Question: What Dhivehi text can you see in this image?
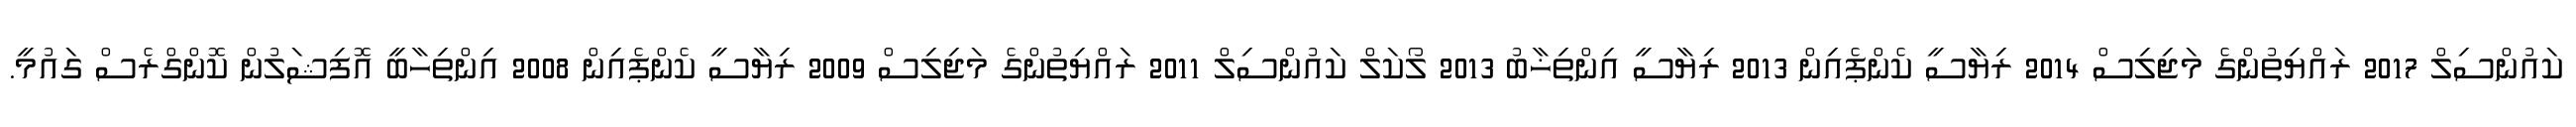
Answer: ކައުންސިލް 2017 ރައްޔިތުންގެ މަޖިލިސް 2014 ރިޔާސީ ކެންޕެއިން 2013 ރިޔާސީ އިންތިޚާބު 2013 ލޯކަލް ކައުންސިލް 2011 ރައްޔިތުންގެ މަޖިލިސް 2009 ރިޔާސީ ކެންޕެއިން 2008 އިންތިހާބީ އޮފިޝަލުން ކޮންގްރެސް ގައުމީ.